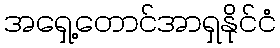
အရှေ့တောင်အာရှနိုင်ငံ